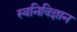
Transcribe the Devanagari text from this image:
स्वनिविज्ञान